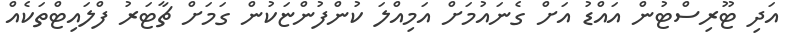
އަދި ޓޫރިސްޓުން އައްޑު އަށް ގެނައުމަށް އަމިއްލަ ކުންފުންޏަކުން ގަމަށް ޗާޓަރު ފްލައިޓްތަކެއް